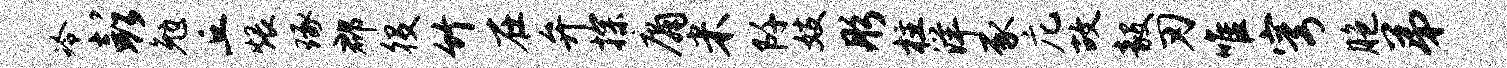
冷彭勉丘煨琢郡役竹在弁探庸米阡妓彤柱洋豕庀故毅刃唯穹胞弟